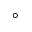
^ \circ